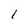
Character: I